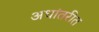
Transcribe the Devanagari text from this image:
अधांतरीत